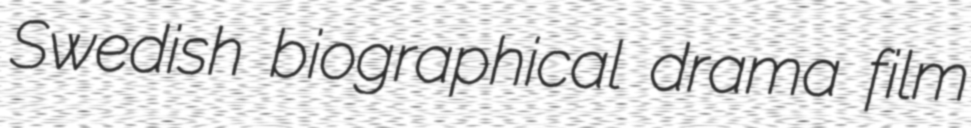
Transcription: Swedish biographical drama film